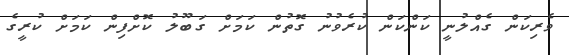
ވެރިކަން ގެއްލުނީ ކަންކަން ކުރެވުނު ގޮތުން ކަމަށް ގަބޫލު ކޮށްފިން ކަމަށް ކުރީގެ